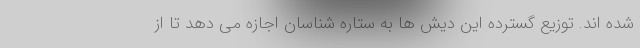
شده اند. توزیع گسترده این دیش ها به ستاره شناسان اجازه می دهد تا از